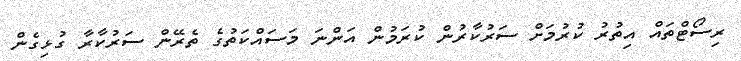
ރިސޯޓްތައް އިތުރު ކުރުމަށް ސަރުކާރުން ކުރަމުން އަންނަ މަސައްކަތުގެ ތެރޭން ސަރުކާރާ ގުޅިގެން